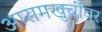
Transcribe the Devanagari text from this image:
आरामखुर्चीवर